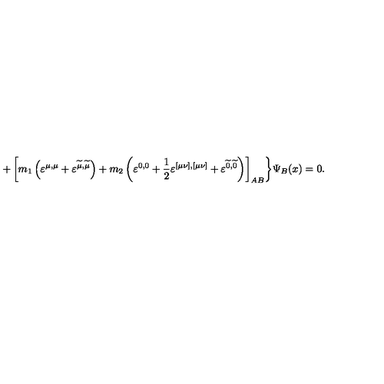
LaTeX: + \left[ m _ { 1 } \left( \varepsilon ^ { \mu , \mu } + \varepsilon ^ { \widetilde { \mu } , \widetilde { \mu } } \right) + m _ { 2 } \left( \varepsilon ^ { 0 , 0 } + \frac 1 2 \varepsilon ^ { [ \mu \nu ] , [ \mu \nu ] } + \varepsilon ^ { \widetilde { 0 } , \widetilde { 0 } } \right) \right] _ { A B } \biggr \} \Psi _ { B } ( x ) = 0 .